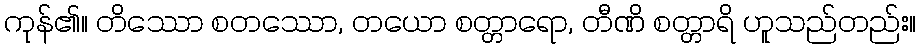
ကုန်၏။ တိဿော စတဿော, တယော စတ္တာရော, တီဏိ စတ္တာရိ ဟူသည်တည်း။